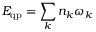
E _ { \mathrm { q p } } = \sum _ { k } n _ { k } \omega _ { k }